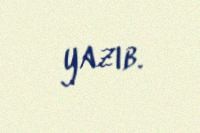
yazıb.